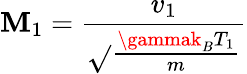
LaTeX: \mathbf{M}_{1}=\frac{{v_{1}}}{{\sqrt{}{{\frac{{\gammak_{B}T_{1}}}{{m}}}}}}